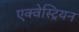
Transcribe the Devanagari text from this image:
एक्वेस्ट्रियन